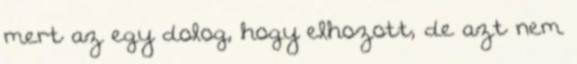
mert az egy dolog, hogy elhozott, de azt nem